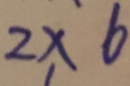
2 \times 6